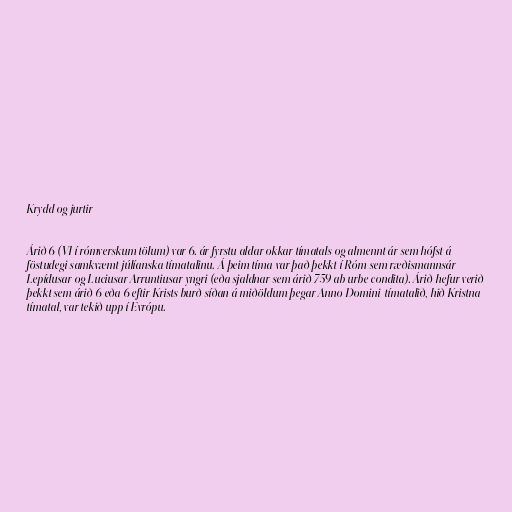
Krydd og jurtir

Árið 6 (VI í rómverskum tölum) var 6. ár fyrstu aldar okkar tímatals og almennt ár sem hófst á
föstudegi samkvæmt júlíanska tímatalinu. Á þeim tíma var það þekkt í Róm sem ræðismannsár
Lepídusar og Luciusar Arruntiusar yngri (eða sjaldnar sem árið 759 ab urbe condita). Árið hefur verið
þekkt sem árið 6 eða 6 eftir Krists burð síðan á miðöldum þegar Anno Domini-tímatalið, hið Kristna
tímatal, var tekið upp í Evrópu.